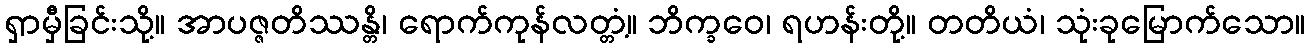
ရှာမှီခြင်းသို့။ အာပဇ္ဇတိဿန္တိ၊ ရောက်ကုန်လတ္တံ့။ ဘိက္ခဝေ၊ ရဟန်းတို့။ တတိယံ၊ သုံးခုမြောက်သော။